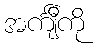
အင်္ကျီကို